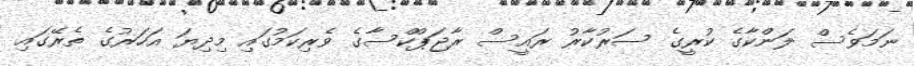
ނަމަވެސް ލަންކާގެ ކުރީގެ ސަރުކާރު ރައީސް ރާޖަޕްކްސާގެ ވެރިކަމުގައި މިދިޔަ އަހަރުގެ ތެރޭގައި